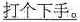
\underline{打个下手。}